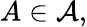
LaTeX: A\in{\mathcal{A}},